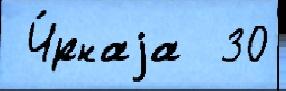
 Ч́рнаjа  30